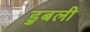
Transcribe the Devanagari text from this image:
डुबली